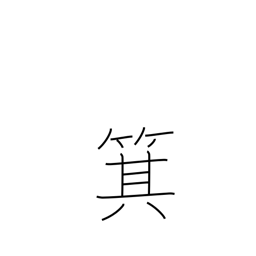
Meaning: winnowing